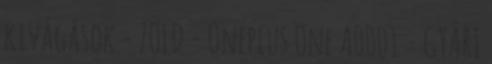
kivágások - ZÖLD - Oneplus One A0001 - GYÁRI